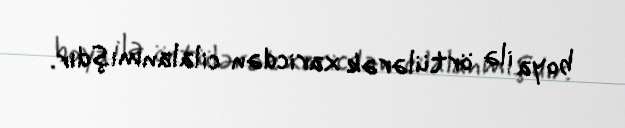
boya ilə örtülərək xaricdən cilalanmışdır.